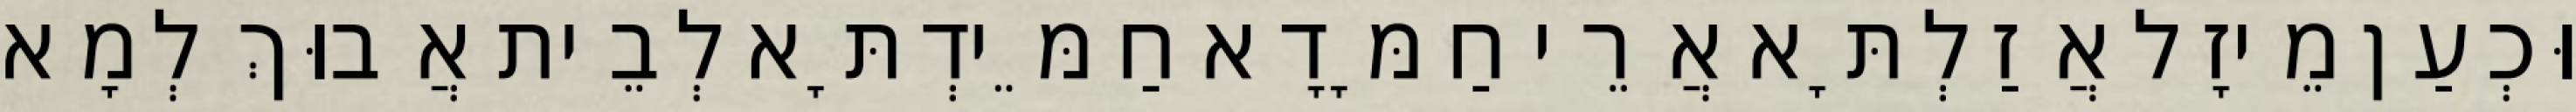
וּכְעַן מֵיזָל אֲזַלְתָּא אֲרֵי חַמָּדָא חַמֵּידְתָּא לְבֵית אֲבוּךְ לְמָא